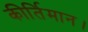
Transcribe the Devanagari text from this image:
कीर्तिमान।